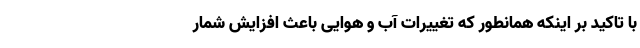
با تاکید بر اینکه همانطور که تغییرات آب و هوایی باعث افزایش شمار